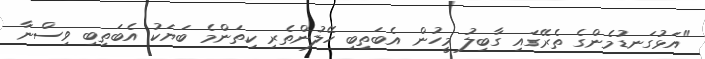
"އަޅުގަނޑުމެންގެ ތެރޭގައި ގާބިލު މީހުން އެބަތިބި ހޭލުންތެރި ކިތަންމެ ބަޔަކު އެބަތިބި ވިސްނާ